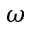
\omega